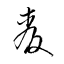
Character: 麦